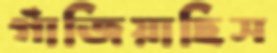
গাঁজিয়াছিস